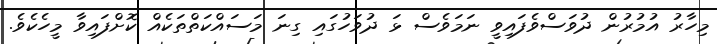
މިހާރު އުމުރުން ދުވަސްވެފައިވީ ނަމަވެސް ޅަ ދުވަހުގައި ގިނަ މަސައްކަތްތަކެއް ކޮށްފައިވާ މީހެކެވެ.